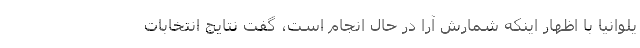
یلوانیا با اظهار اینکه شمارش آرا در حال انجام است، گفت نتایج انتخابات